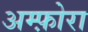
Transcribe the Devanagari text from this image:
अम्फ़ोरा